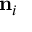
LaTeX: \mathbf { n } _ { i }